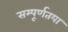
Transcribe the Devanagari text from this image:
सम्पूर्णतया